Indian journal of veterinary science and animal husbandry - Volumes 18-21, 1948-1951
Year: 1948
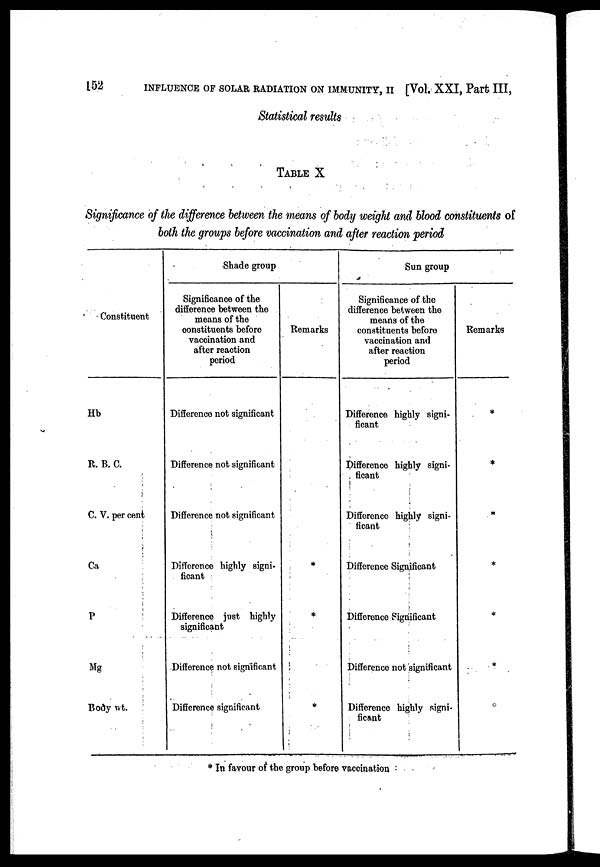
152
INFLUENCE OF SOLAR RADIATION ON IMMUNITY, II [Vol. XXI, Part III,
Statistical results
TABLE X
Significance of the difference between the means of body weight and blood constituents of
both the groups before vaccination and after reaction period
Constituent
Hb
R. B. C.
C. V. per cent
Ca
P
Mg
Body wt.
Shade group
Significance of the
difference between the
means of the
constituents before
vaccination and
after reaction
period
Difference not significant
Difference not significant
Difference not significant
Difference highly signi-
ficant
Difference just highly
significant
Difference not significant
Difference significant
Remarks
*
*
*
Sun group
Significance of the
difference between the
means of the
constituents before
vaccination and
after reaction
period
Difference highly signi-
ficant
Difference highly signi-
ficant
Difference highly signi-
ficant
Difference Significant
Difference Significant
Difference not significant
Difference highly signi-
ficant
Remarks
*
*
*
*
*
*
* In favour of the group before vaccination